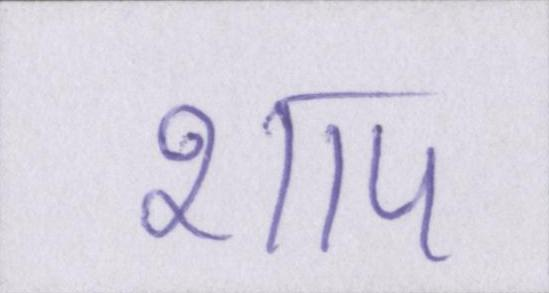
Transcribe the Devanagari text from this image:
शाप